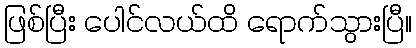
ဖြစ်ပြီး ပေါင်လယ်ထိ ရောက်သွားပြီ။